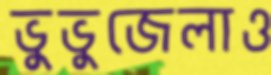
ভুভুজেলাও